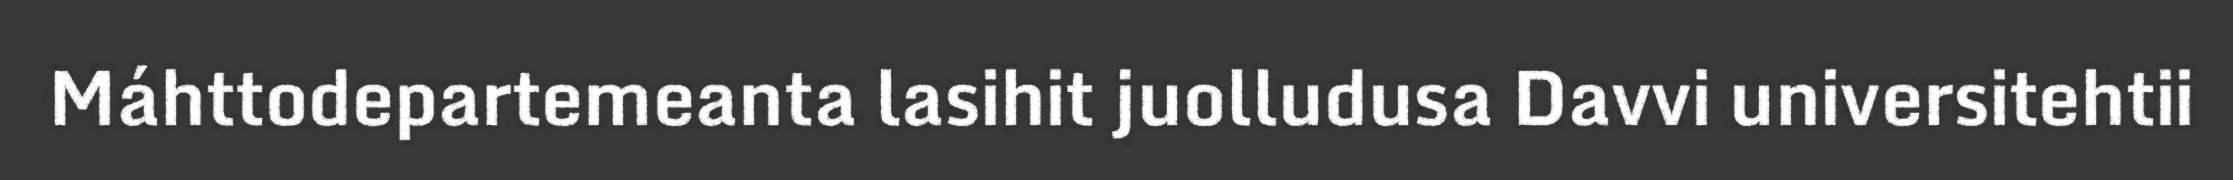
Máhttodepartemeanta lasihit juolludusa Davvi universitehtii